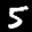
Label: 5